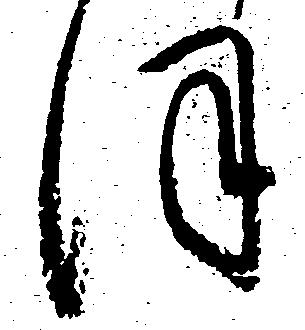
ほ